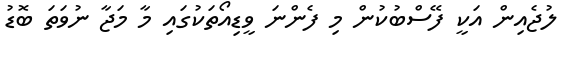
ލުޖެއިން އަކީ ފޭސްބުކުން މި ފެންނަ ވީޑިއޯތަކުގައި މާ މަޖާ ނުވަތަ ބޮޑު